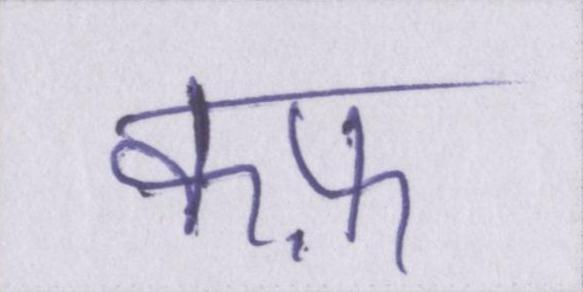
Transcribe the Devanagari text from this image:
कफ़